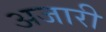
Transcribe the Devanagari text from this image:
अजारी